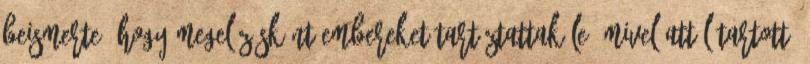
beismerte, hogy megelőzésként embereket tartóztattak le, mivel attól tartott,